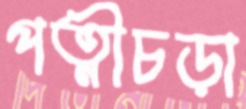
পত্নীচড়া